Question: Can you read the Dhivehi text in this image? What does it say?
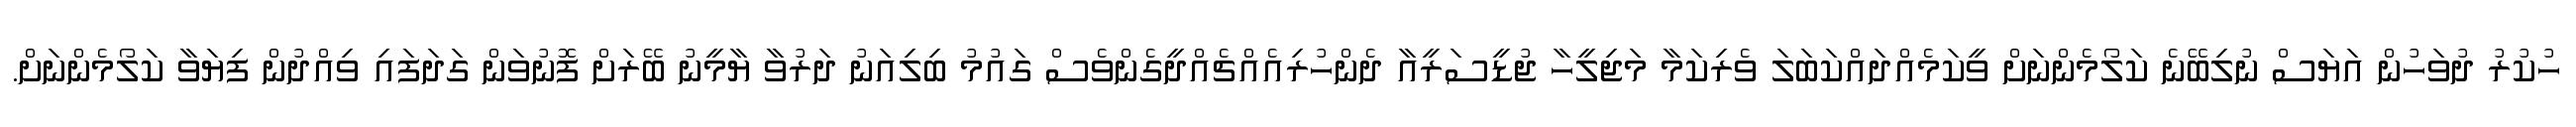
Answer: ހުކުރު ދުވަހުން އަޔަސް ނުލިބޭނެ ކަލޯމެންނަށް ވީކަމެއްދައްކަބަލަ ވެރިކަމާ މަޖިލީހާ ޖުޑީސަރީއާ ދެންހުރިއެއްޗެއްދީގެންވެސް ގައުމު ބިލިއަނު ދަރުވާ ޔާމީނު ބޭރަށް ފޮނުވަން ގަދަފައި ވިއްދުން ފިޔަވާ ކަލޯމެންނަށް.